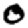
Digit: 0